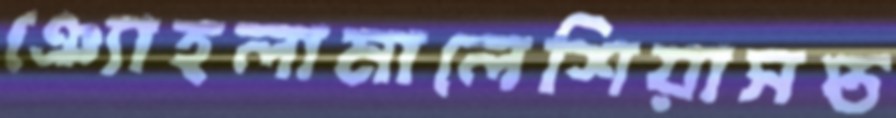
ঞ্যোহলামালেশিয়াসপ্ত